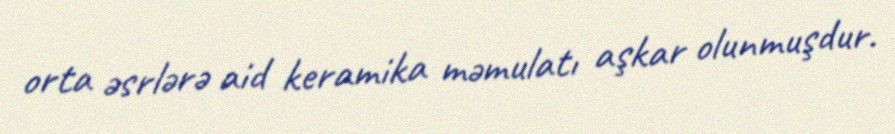
orta əsrlərə aid keramika məmulatı aşkar olunmuşdur.